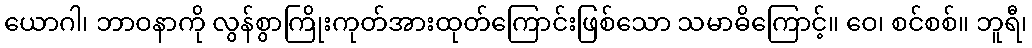
ယောဂါ၊ ဘာဝနာကို လွန်စွာကြိုးကုတ်အားထုတ်ကြောင်းဖြစ်သော သမာဓိကြောင့်။ ဝေ၊ စင်စစ်။ ဘူရီ၊